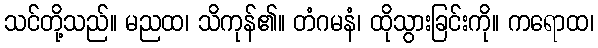
သင်တို့သည်။ မညထ၊ သိကုန်၏။ တံဂမနံ၊ ထိုသွားခြင်းကို။ ကရောထ၊